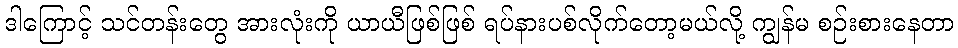
ဒါကြောင့် သင်တန်းတွေ အားလုံးကို ယာယီဖြစ်ဖြစ် ရပ်နားပစ်လိုက်တော့မယ်လို့ ကျွန်မ စဉ်းစားနေတာ